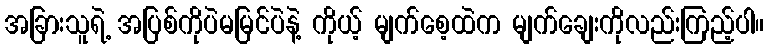
အခြားသူရဲ့ အပြစ်ကိုပဲမမြင်ပဲနဲ့ ကိုယ့် မျက်စေ့ထဲက မျက်ချေးကိုလည်းကြည့်ပါ။